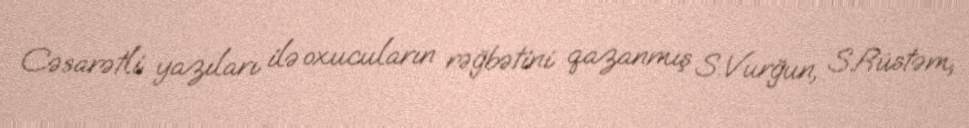
Cəsarətli yazıları ilə oxucuların rəğbətini qazanmış S.Vurğun, S.Rüstəm,